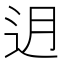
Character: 迌